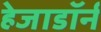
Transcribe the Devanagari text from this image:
हेजाडॉर्न